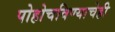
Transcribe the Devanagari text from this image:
पोहोचविण्याचेही